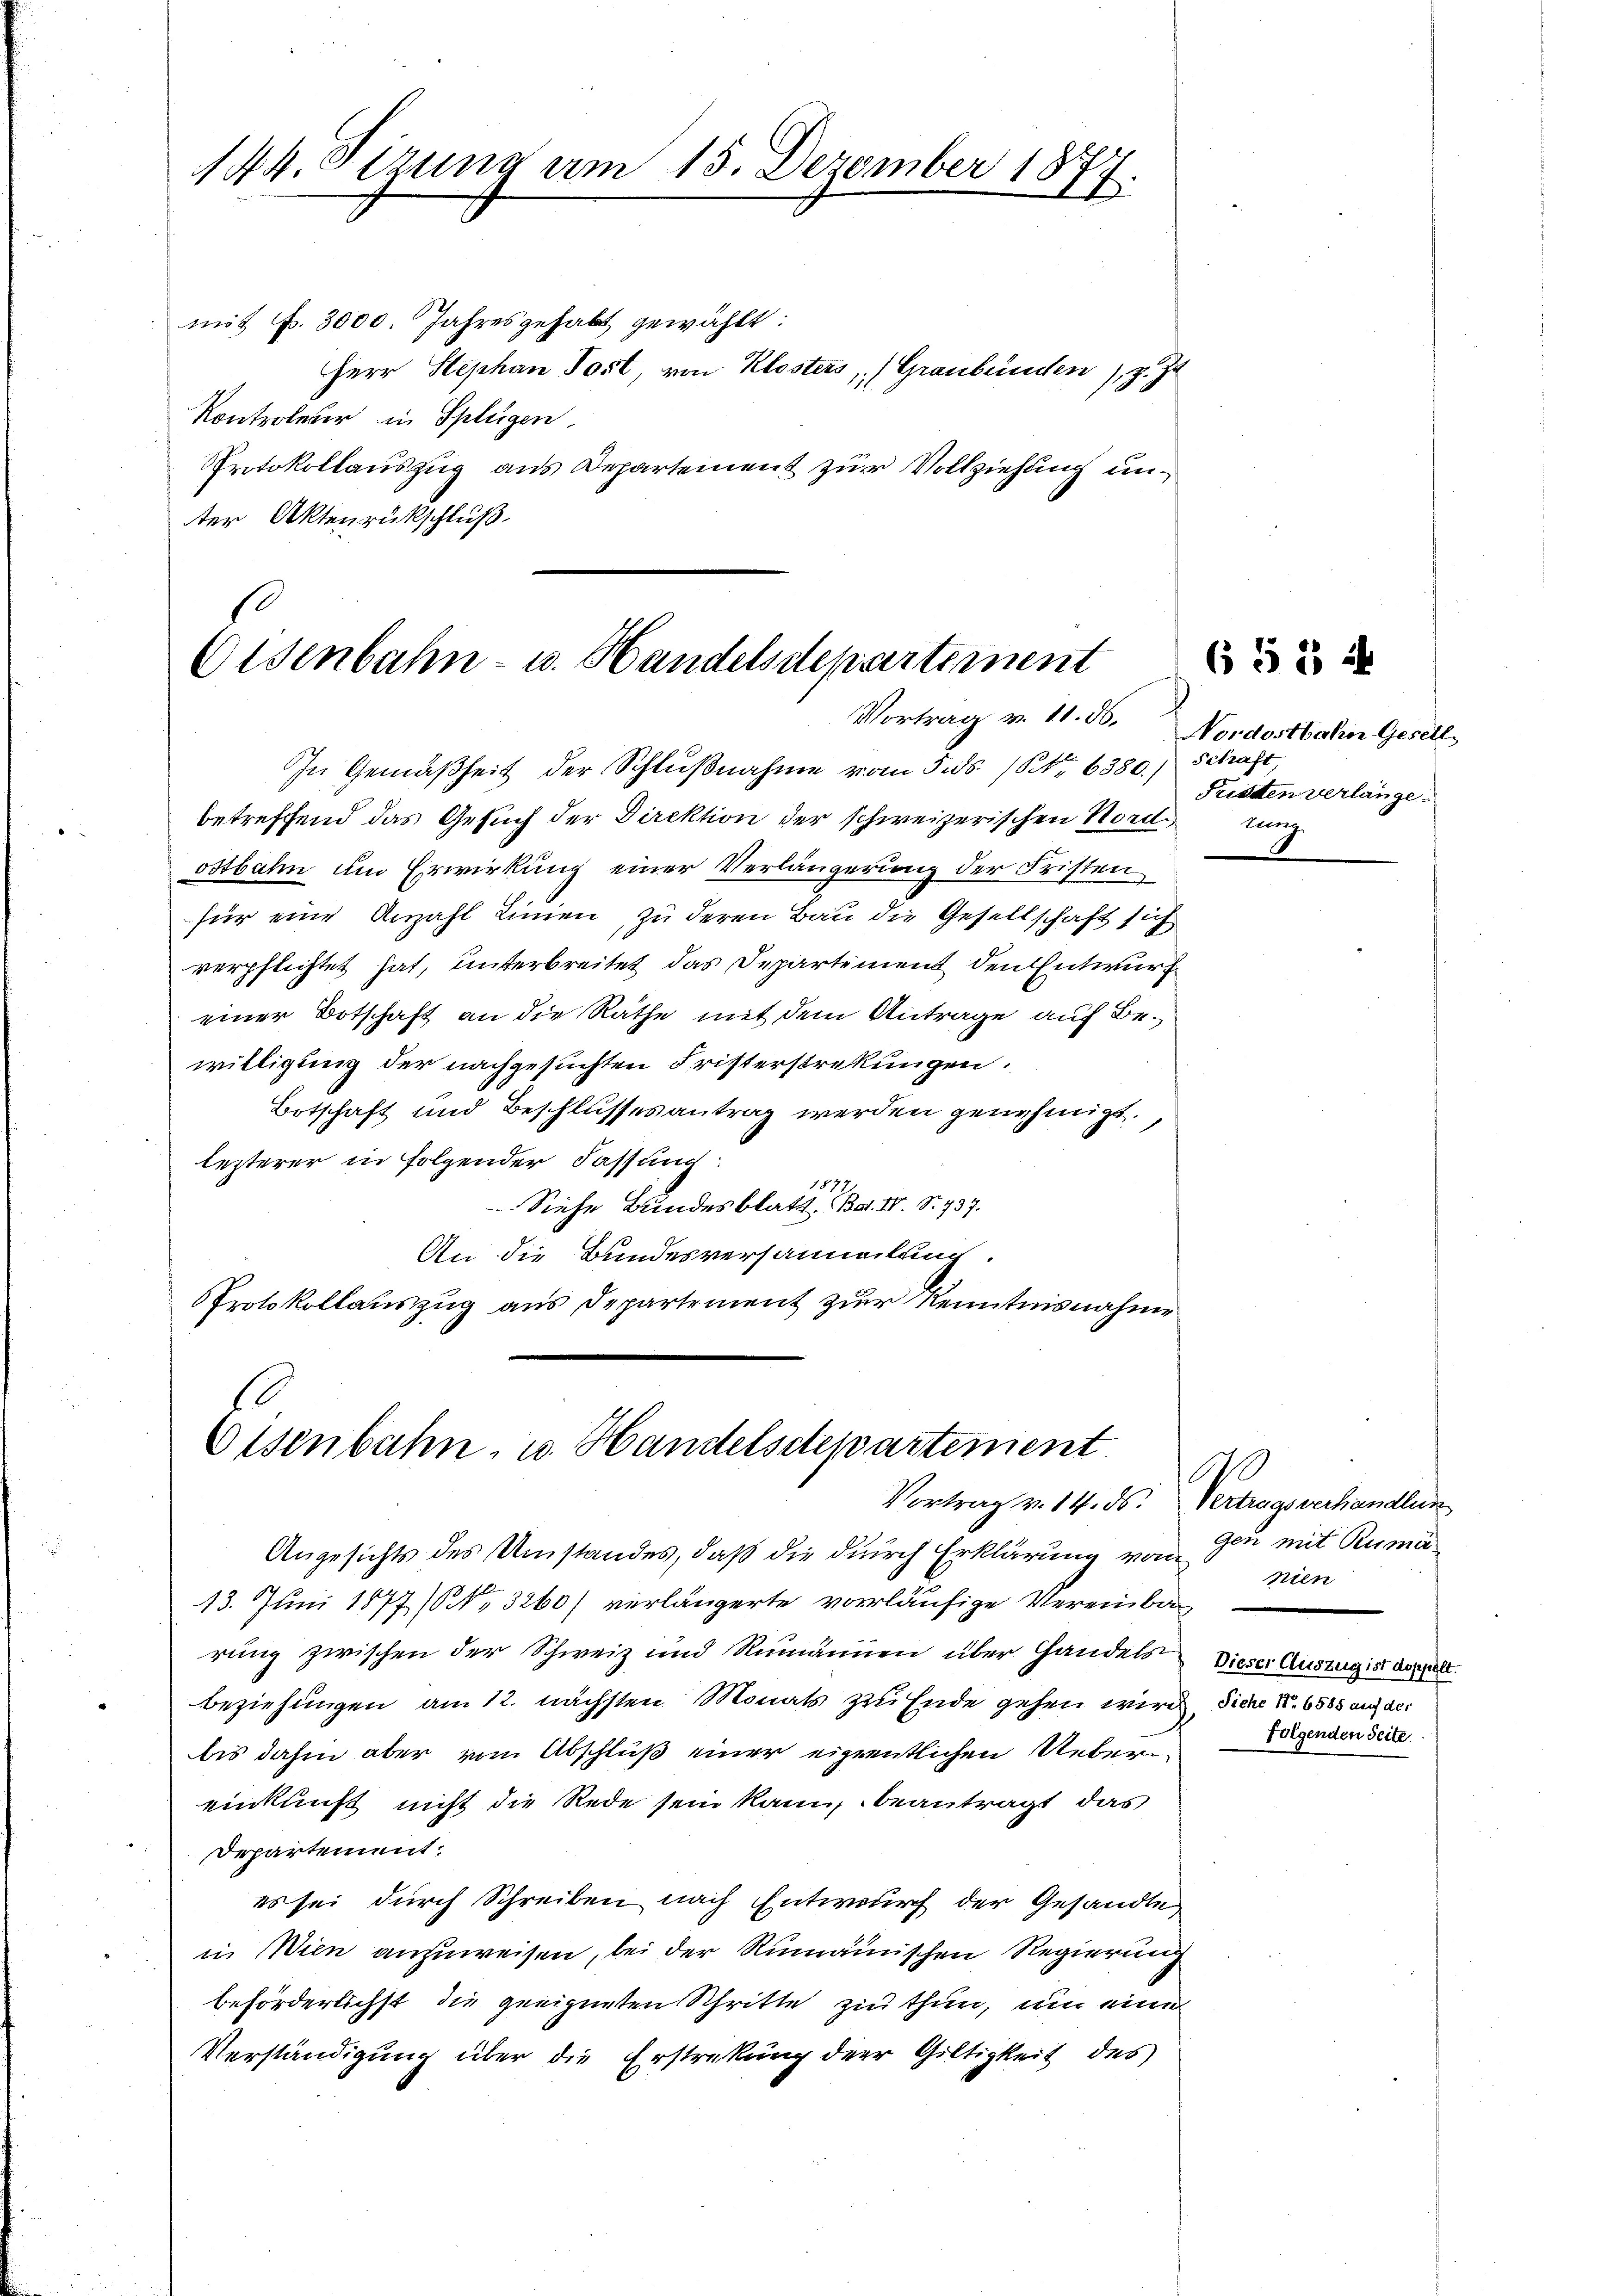
144. Sizung am 15. Dezember 1877.

mit Fr. 3000. Jahresgehabt gewählt:
Herr Stephan Post, von Klosters, (Graubünden), z. Zt
Kontroleter in Splügen.
Protokollauszug aus Departement zur Vollziehung unter Aktenrückschluß.

Eisenbahn- u. Handelsdepartement
Vortrag v. 11. ds.

In Gemäßheit der Schlußnahme vom 5. ds. (Nr. 6380; Schaft,
betreffend das Gesuch der Direktion der schweizerischen Nord
ostbahn um Erwirkung einer Verlängerung der Fristenfür eine Anzahl Linien, zu deren Bau die Gesellschaft sich
verpflichtet hat, unterbreitet das Departement den Entwurf
einer Botschaft an die Räthe mit dem Antrage auf Bewilligung der nachgesuchten Fristerstrekungen.
Botschaft und Beschlusses antrag werden genehmigt.
lezterer in folgender Fassung:
1879.
Siehe Bundesblatt. Bat. IV. S. 737.
An die Bundesversammlung.
Protokollauszug aus Departement zur Kenntnisnahme

Eisenbahn, u. Handelsdepartement
Vortrag v. 14. ds. Vertragsverhandlun

Nordostbahn Gesell
Fristen verlänge
ung.

Angesichts des Umstandes, daß die durch Erklärung von den mit Rumä¬
13. Juni 1877 (Nr. 3260) verlängerte vorläufige Vereinbar
rung zwischen der Schweiz und Rumänien über Handels
beziehungen am 12. nächsten Monats zu Ende gehen wird, diene No 6585 auf der
bis dahin aber vom Abschluß einer eigentlichen Uebereinkunft nicht die Rede sein kann, beantragt, das
Departement.
es sei durch Schreiben nach Entwurf der Gesandte
in Wien anzuweisen, bei der Rumänischen Regierung
beförderlichst die geeigneten Schritte zu thun, um eine
Verständigung über die Erstreckung der Gültigkeit des

65 § 4

110
nien
Dieser Auszug ist doppelt.
folgenden Seite.